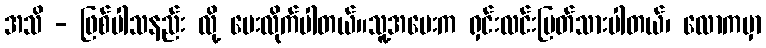
အသိ - ဖြစ်ပါသနည်း လို့ မေးလိုက်ပါတယ်။သူ့အမေးက ရှင်းလင်းပြတ်သားပါတယ်၊ လောကမှာ